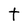
Character: t